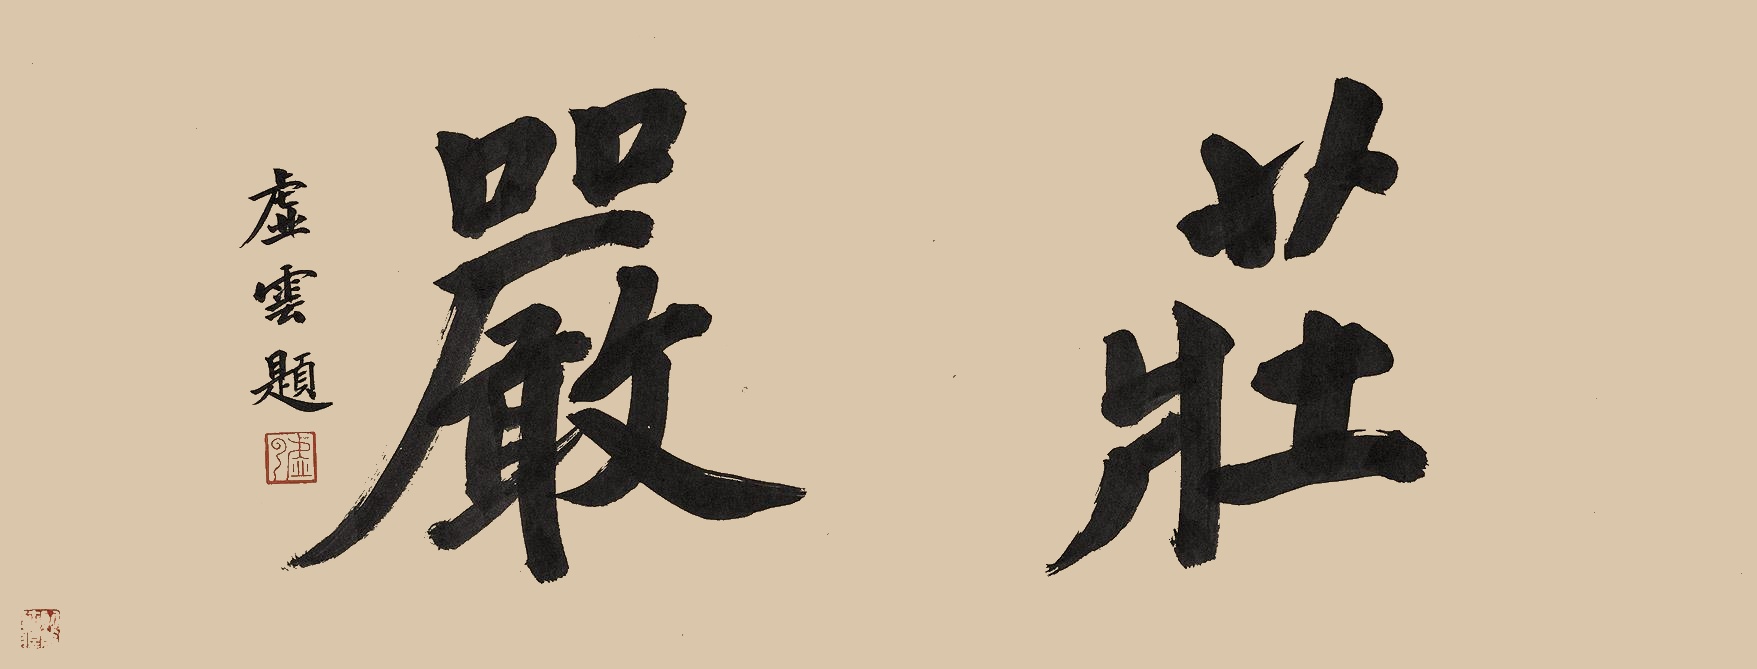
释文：庄严虚云题。